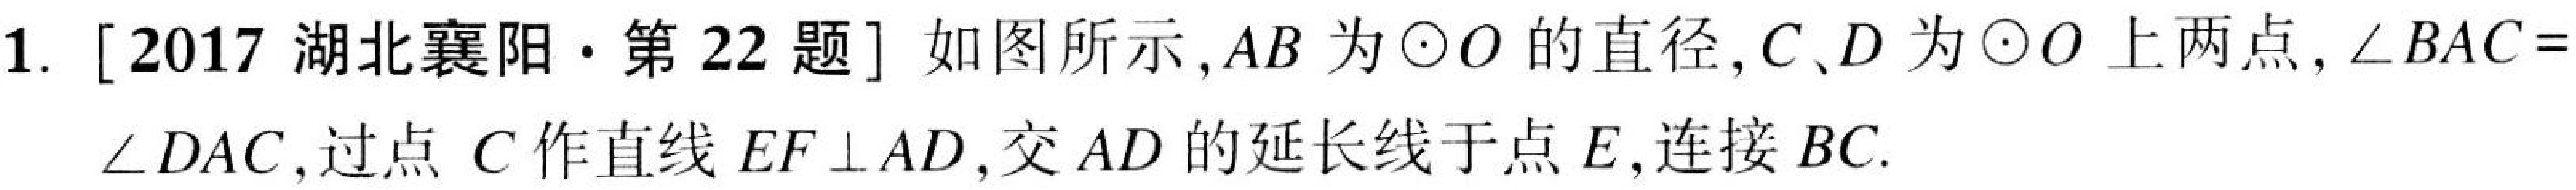
1. [2017湖北襄阳·第22题] 如图所示,\(AB\)为\(\odot O\)的直径,\(C、D\)为\(\odot O\)上两点,\(\angle BAC = \angle DAC\),过点\(C\)作直线\(EF\perp AD\),交\(AD\)的延长线于点\(E\),连接\(BC\).